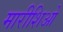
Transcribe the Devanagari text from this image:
मारीशिओ